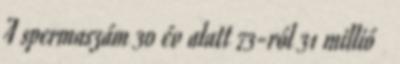
A spermaszám 30 év alatt 73-ról 31 millió